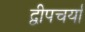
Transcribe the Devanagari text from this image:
द्वीपचर्या